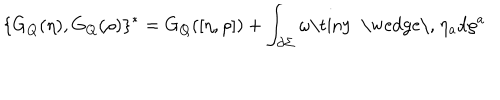
\{ G _ { Q } ( \eta ) , G _ { Q } ( \rho ) \} ^ { * } = G _ { Q } ( [ \eta , \rho ] ) + \int _ { \partial \Sigma } \omega \mathrm { \tiny ~ \wedge \, ~ } \eta _ { a } d \rho ^ { a }